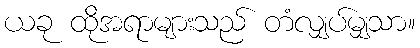
ယခု ထိုအရာများသည် တံလျှပ်မျှသာ။